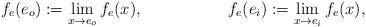
LaTeX: \begin{align*}f_e(e_o) & := \lim_{x\to e_o} f_e(x), & f_e(e_i) & := \lim_{x\to e_i} f_e(x),\end{align*}